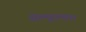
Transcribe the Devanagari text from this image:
सेल्युकस।